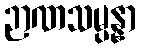
ဉာဏသမ္ပန္နာ